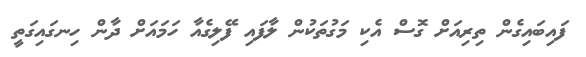
ފައިބައިގެން ތިރިއަށް ގޮސް އެކި މަގުތަކުން ލާފައި ފޭލިގެއާ ހަމައަށް ދާން ހިނގައިގަތީ